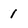
Character: 1